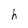
Character: h